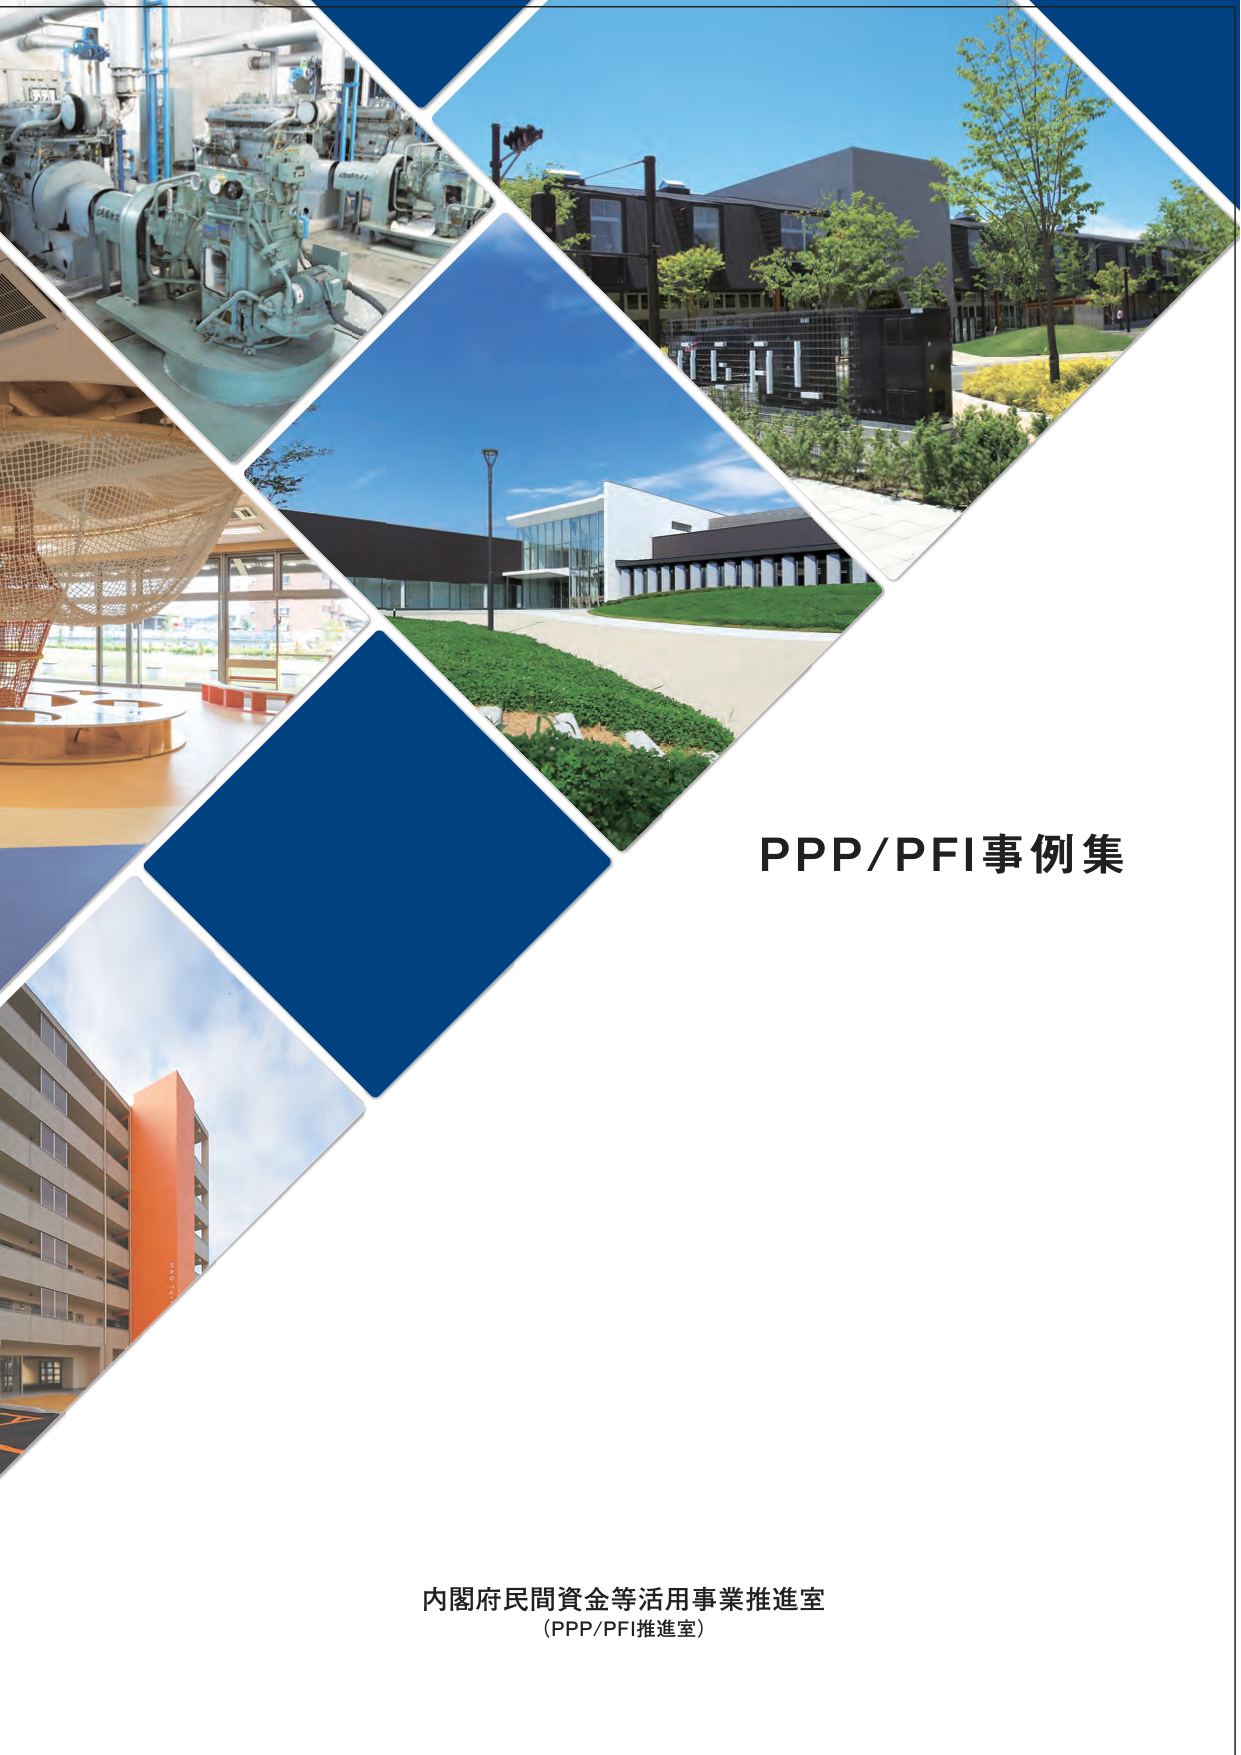
PPP/PFI事例集

内閣府民間資金等活用事業推進室
（PPP/PFI推進室）